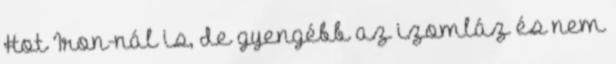
Hot Iron-nál is, de gyengébb az izomláz és nem